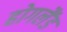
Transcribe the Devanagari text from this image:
होगलैंड